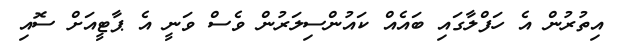
އިތުރުން އެ ހަފްލާގައި ބައެއް ކައުންސިލަރުން ވެސް ވަނީ އެ ޕާޓީއަށް ސޮއި